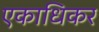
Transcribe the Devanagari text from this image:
एकाधिकर